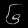
Digit: ၆